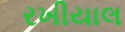
રખીયાલ